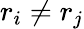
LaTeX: r_{i}\neq r_{j}